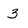
Character: 3